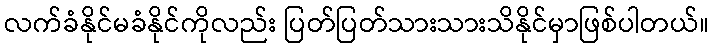
လက်ခံနိုင်မခံနိုင်ကိုလည်း ပြတ်ပြတ်သားသားသိနိုင်မှာဖြစ်ပါတယ်။